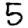
Digit: 5